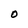
Character: O